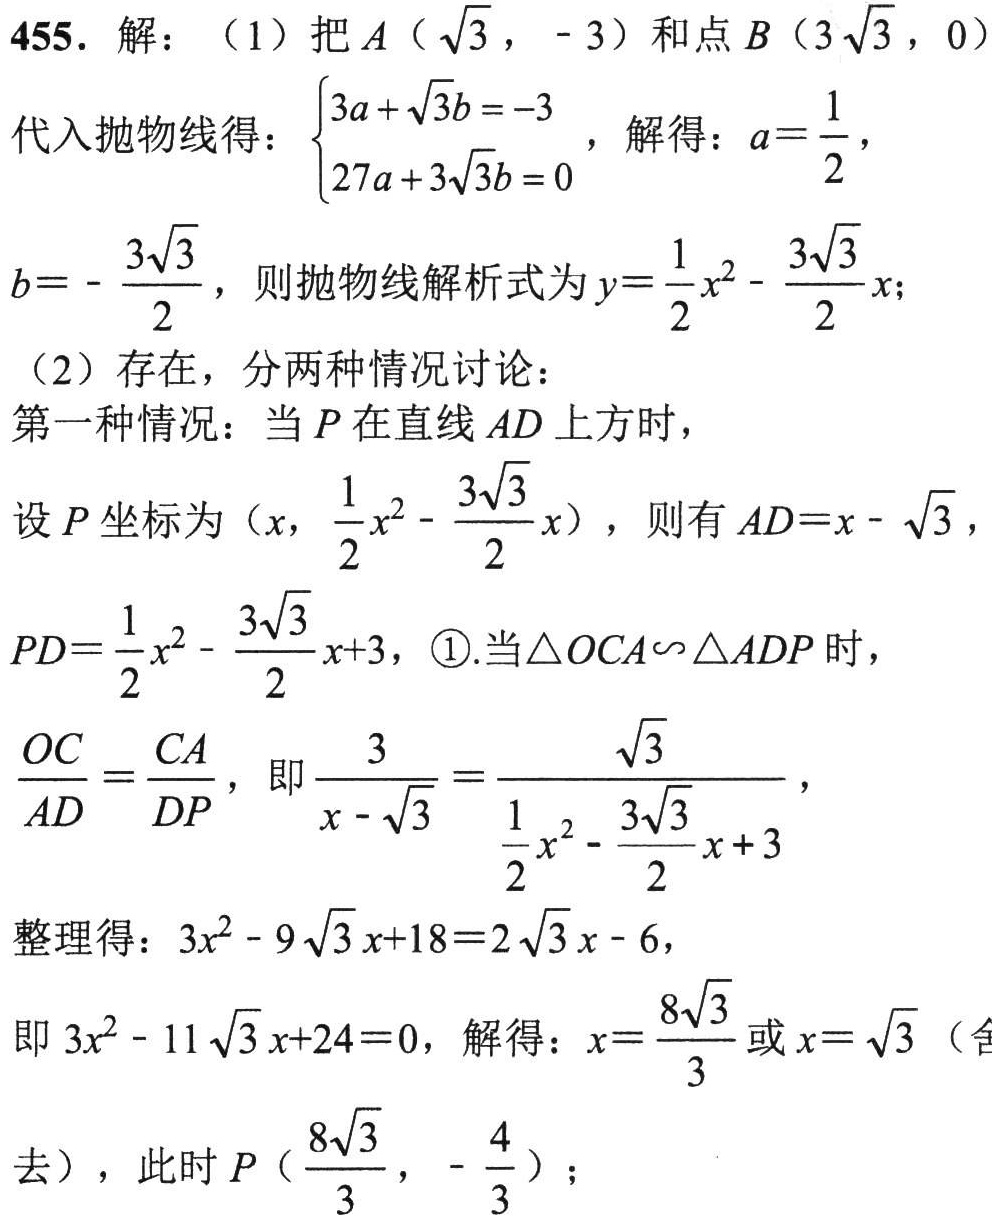
455. 解：（1）把\(A(\sqrt{3}, - 3)\)和点\(B(3\sqrt{3}, 0)\)代入抛物线得：\(\begin{cases}3a+\sqrt{3}b=-3\\27a + 3\sqrt{3}b = 0\end{cases}\)，解得：\(a = \dfrac{1}{2}\)，\(b = - \dfrac{3\sqrt{3}}{2}\)，则抛物线解析式为\(y=\dfrac{1}{2}x^{2}-\dfrac{3\sqrt{3}}{2}x\)；
（2）存在，分两种情况讨论：
第一种情况：当\(P\)在直线\(AD\)上方时，
设\(P\)坐标为\(\left(x,\dfrac{1}{2}x^{2}-\dfrac{3\sqrt{3}}{2}x\right)\)，则有\(AD = x - \sqrt{3}\)，\(PD=\dfrac{1}{2}x^{2}-\dfrac{3\sqrt{3}}{2}x + 3\)，\textcircled{1}.当\(\triangle OCA\backsim\triangle ADP\)时，\(\dfrac{OC}{AD}=\dfrac{CA}{DP}\)，即\(\dfrac{3}{x - \sqrt{3}}=\dfrac{\sqrt{3}}{\dfrac{1}{2}x^{2}-\dfrac{3\sqrt{3}}{2}x + 3}\)，
整理得：\(3x^{2}-9\sqrt{3}x + 18 = 2\sqrt{3}x-6\)，
即\(3x^{2}-11\sqrt{3}x + 24 = 0\)，解得：\(x=\dfrac{8\sqrt{3}}{3}\)或\(x = \sqrt{3}\)（舍去），此时\(P\left(\dfrac{8\sqrt{3}}{3},-\dfrac{4}{3}\right)\)；